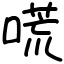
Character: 𠻄